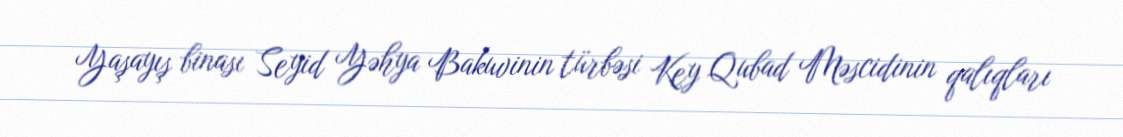
Yaşayış binası Seyid Yəhya Bakuvinin türbəsi Key Qubad Məscidinin qalıqları